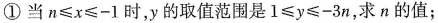
①当$$n\leq x\leq-1$$时，y的取值范围是$$1\leq y\leq -3n$$，求n的值；